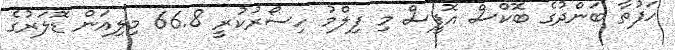
ހަފުތާ ބަންދުގެ ބޮކްސް އޮފީސް މި ފިލްމު ހިސޯރުކުރީ 66.8 މިލިއަން ޑޮލަރުގެ